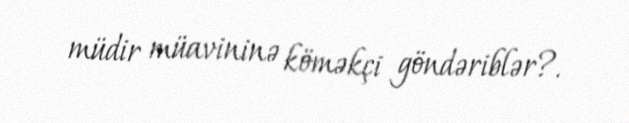
müdir müavininə köməkçi göndəriblər?.